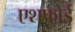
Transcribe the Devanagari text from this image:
एशफोर्ड